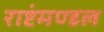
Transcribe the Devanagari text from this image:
राष्टंमण्डल